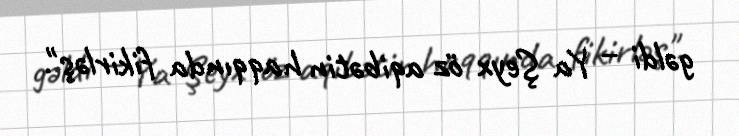
gəldi – Ya Şeyx öz aqibətin haqqında fikirləş".